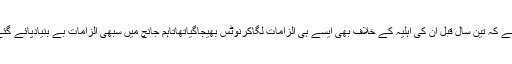
خیال رہے کہ تین سال قبل ان کی اہلیہ کے خلاف بھی ایسے ہی الزامات لگاکرنوٹس بھیجاگیاتھاتاہم جانچ میں سبھی الزامات بے بنیادپائے گئے تھے۔